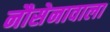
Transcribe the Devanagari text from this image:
नौसेनावाला